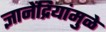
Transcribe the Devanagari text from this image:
ज्ञानेंद्रियांमुळे